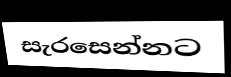
සැරසෙන්නට